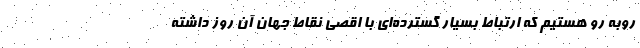
روبه رو هستیم که ارتباط بسیار گسترده‌ای با اقصی نقاط جهان آن روز داشته